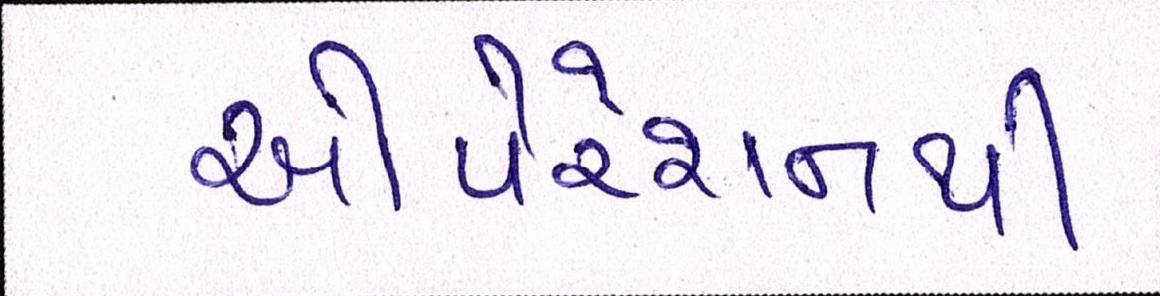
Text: ઓપરેશનથી